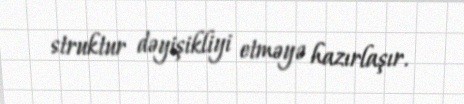
struktur dəyişikliyi etməyə hazırlaşır.